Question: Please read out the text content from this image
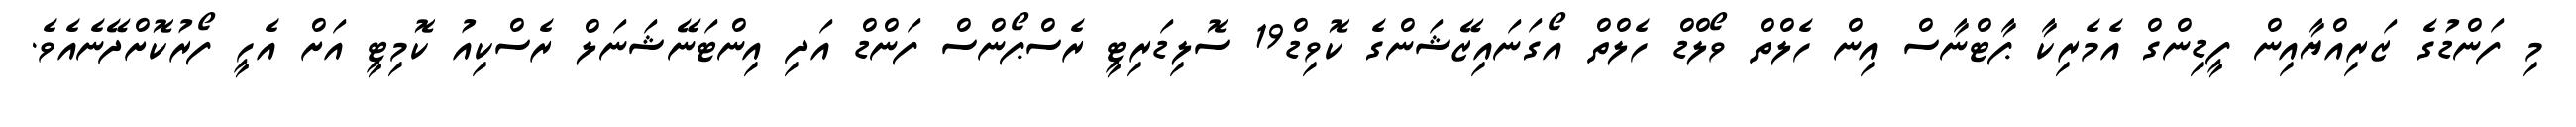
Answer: މި ފަންޑުގެ ޒަރިއްޔާއިން ފީޑިންގް އެމެރިކާ ޕާޓްނާސް އިން ހެލްތް ވޯލްޑް ހެލްތް އޯގަނައިޒޭޝަންގެ ކޮވިޑް19 ސޮލިޑަރިޓީ ރެސްޕޯންސް ފަންޑް އަދި އިންޓަނޭޝަނަލް ރެސްކިއު ކޮމިޓީ އަށް އެހީ ފޯރުކޮށްދޭނެއެވެ.